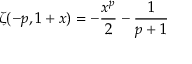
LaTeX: \zeta ( - p , 1 + x ) = - \frac { x ^ { p } } { 2 } - \frac { 1 } { p + 1 }